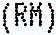
(RM)